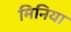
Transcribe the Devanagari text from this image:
मिनिया